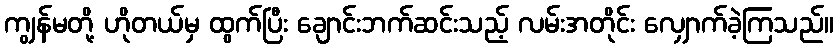
ကျွန်မတို့ ဟိုတယ်မှ ထွက်ပြီး ချောင်းဘက်ဆင်းသည့် လမ်းအတိုင်း လျှောက်ခဲ့ကြသည်။